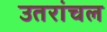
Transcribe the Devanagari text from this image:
उतरांचल